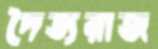
দৈত্যরাজ